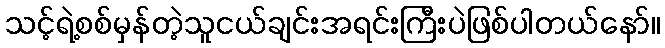
သင့်ရဲ့စစ်မှန်တဲ့သူငယ်ချင်းအရင်းကြီးပဲဖြစ်ပါတယ်နော်။